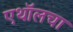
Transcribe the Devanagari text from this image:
एथॉलचा